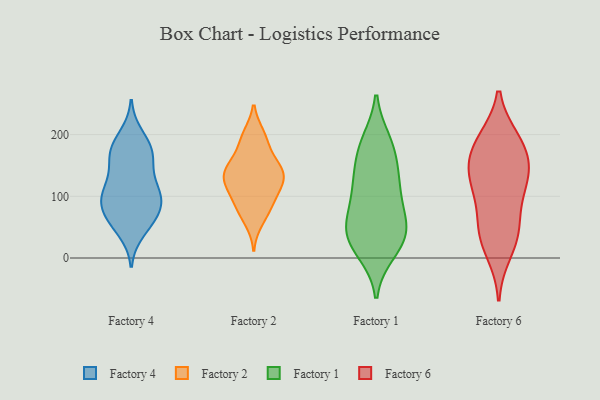
{"axis": {"x": "Page Views", "y": "Value"}, "legend": ["Factory 1", "Factory 2", "Factory 4", "Factory 6"], "data": [{"x": "", "y": 177, "type": "Factory 4"}, {"x": "", "y": 63, "type": "Factory 4"}, {"x": "", "y": 180, "type": "Factory 4"}, {"x": "", "y": 163, "type": "Factory 4"}, {"x": "", "y": 107, "type": "Factory 4"}, {"x": "", "y": 158, "type": "Factory 4"}, {"x": "", "y": 112, "type": "Factory 4"}, {"x": "", "y": 60, "type": "Factory 4"}, {"x": "", "y": 110, "type": "Factory 4"}, {"x": "", "y": 94, "type": "Factory 4"}, {"x": "", "y": 92, "type": "Factory 4"}, {"x": "", "y": 81, "type": "Factory 4"}, {"x": "", "y": 62, "type": "Factory 4"}, {"x": "", "y": 172, "type": "Factory 4"}, {"x": "", "y": 43, "type": "Factory 4"}, {"x": "", "y": 93, "type": "Factory 4"}, {"x": "", "y": 199, "type": "Factory 4"}, {"x": "", "y": 134, "type": "Factory 4"}, {"x": "", "y": 160, "type": "Factory 2"}, {"x": "", "y": 135, "type": "Factory 2"}, {"x": "", "y": 132, "type": "Factory 2"}, {"x": "", "y": 192, "type": "Factory 2"}, {"x": "", "y": 143, "type": "Factory 2"}, {"x": "", "y": 195, "type": "Factory 2"}, {"x": "", "y": 126, "type": "Factory 2"}, {"x": "", "y": 81, "type": "Factory 2"}, {"x": "", "y": 111, "type": "Factory 2"}, {"x": "", "y": 94, "type": "Factory 2"}, {"x": "", "y": 158, "type": "Factory 2"}, {"x": "", "y": 129, "type": "Factory 2"}, {"x": "", "y": 199, "type": "Factory 2"}, {"x": "", "y": 97, "type": "Factory 2"}, {"x": "", "y": 144, "type": "Factory 2"}, {"x": "", "y": 74, "type": "Factory 2"}, {"x": "", "y": 126, "type": "Factory 2"}, {"x": "", "y": 60, "type": "Factory 2"}, {"x": "", "y": 18, "type": "Factory 1"}, {"x": "", "y": 68, "type": "Factory 1"}, {"x": "", "y": 175, "type": "Factory 1"}, {"x": "", "y": 74, "type": "Factory 1"}, {"x": "", "y": 47, "type": "Factory 1"}, {"x": "", "y": 182, "type": "Factory 1"}, {"x": "", "y": 116, "type": "Factory 1"}, {"x": "", "y": 37, "type": "Factory 1"}, {"x": "", "y": 11, "type": "Factory 1"}, {"x": "", "y": 36, "type": "Factory 1"}, {"x": "", "y": 188, "type": "Factory 1"}, {"x": "", "y": 143, "type": "Factory 1"}, {"x": "", "y": 41, "type": "Factory 1"}, {"x": "", "y": 109, "type": "Factory 1"}, {"x": "", "y": 122, "type": "Factory 1"}, {"x": "", "y": 114, "type": "Factory 6"}, {"x": "", "y": 10, "type": "Factory 6"}, {"x": "", "y": 137, "type": "Factory 6"}, {"x": "", "y": 140, "type": "Factory 6"}, {"x": "", "y": 189, "type": "Factory 6"}, {"x": "", "y": 132, "type": "Factory 6"}, {"x": "", "y": 38, "type": "Factory 6"}, {"x": "", "y": 191, "type": "Factory 6"}, {"x": "", "y": 48, "type": "Factory 6"}, {"x": "", "y": 45, "type": "Factory 6"}, {"x": "", "y": 184, "type": "Factory 6"}, {"x": "", "y": 161, "type": "Factory 6"}, {"x": "", "y": 95, "type": "Factory 6"}]}